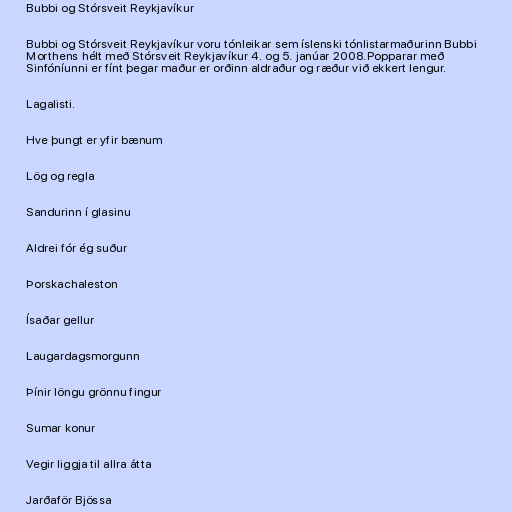
Bubbi og Stórsveit Reykjavíkur

Bubbi og Stórsveit Reykjavíkur voru tónleikar sem íslenski tónlistarmaðurinn Bubbi
Morthens hélt með Stórsveit Reykjavíkur 4. og 5. janúar 2008.Popparar með
Sinfóníunni er fínt þegar maður er orðinn aldraður og ræður við ekkert lengur.

Lagalisti.

Hve þungt er yfir bænum

Lög og regla

Sandurinn í glasinu

Aldrei fór ég suður

Þorskachaleston

Ísaðar gellur

Laugardagsmorgunn

Þínir löngu grönnu fingur

Sumar konur

Vegir liggja til allra átta

Jarðaför Bjössa